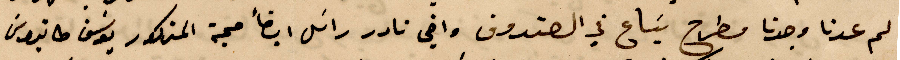
لم عدنا وجدنا مطرح يساع في الصندوق واخي نادر راسل ايضًأ حجة المذكور يوسف طانيوس